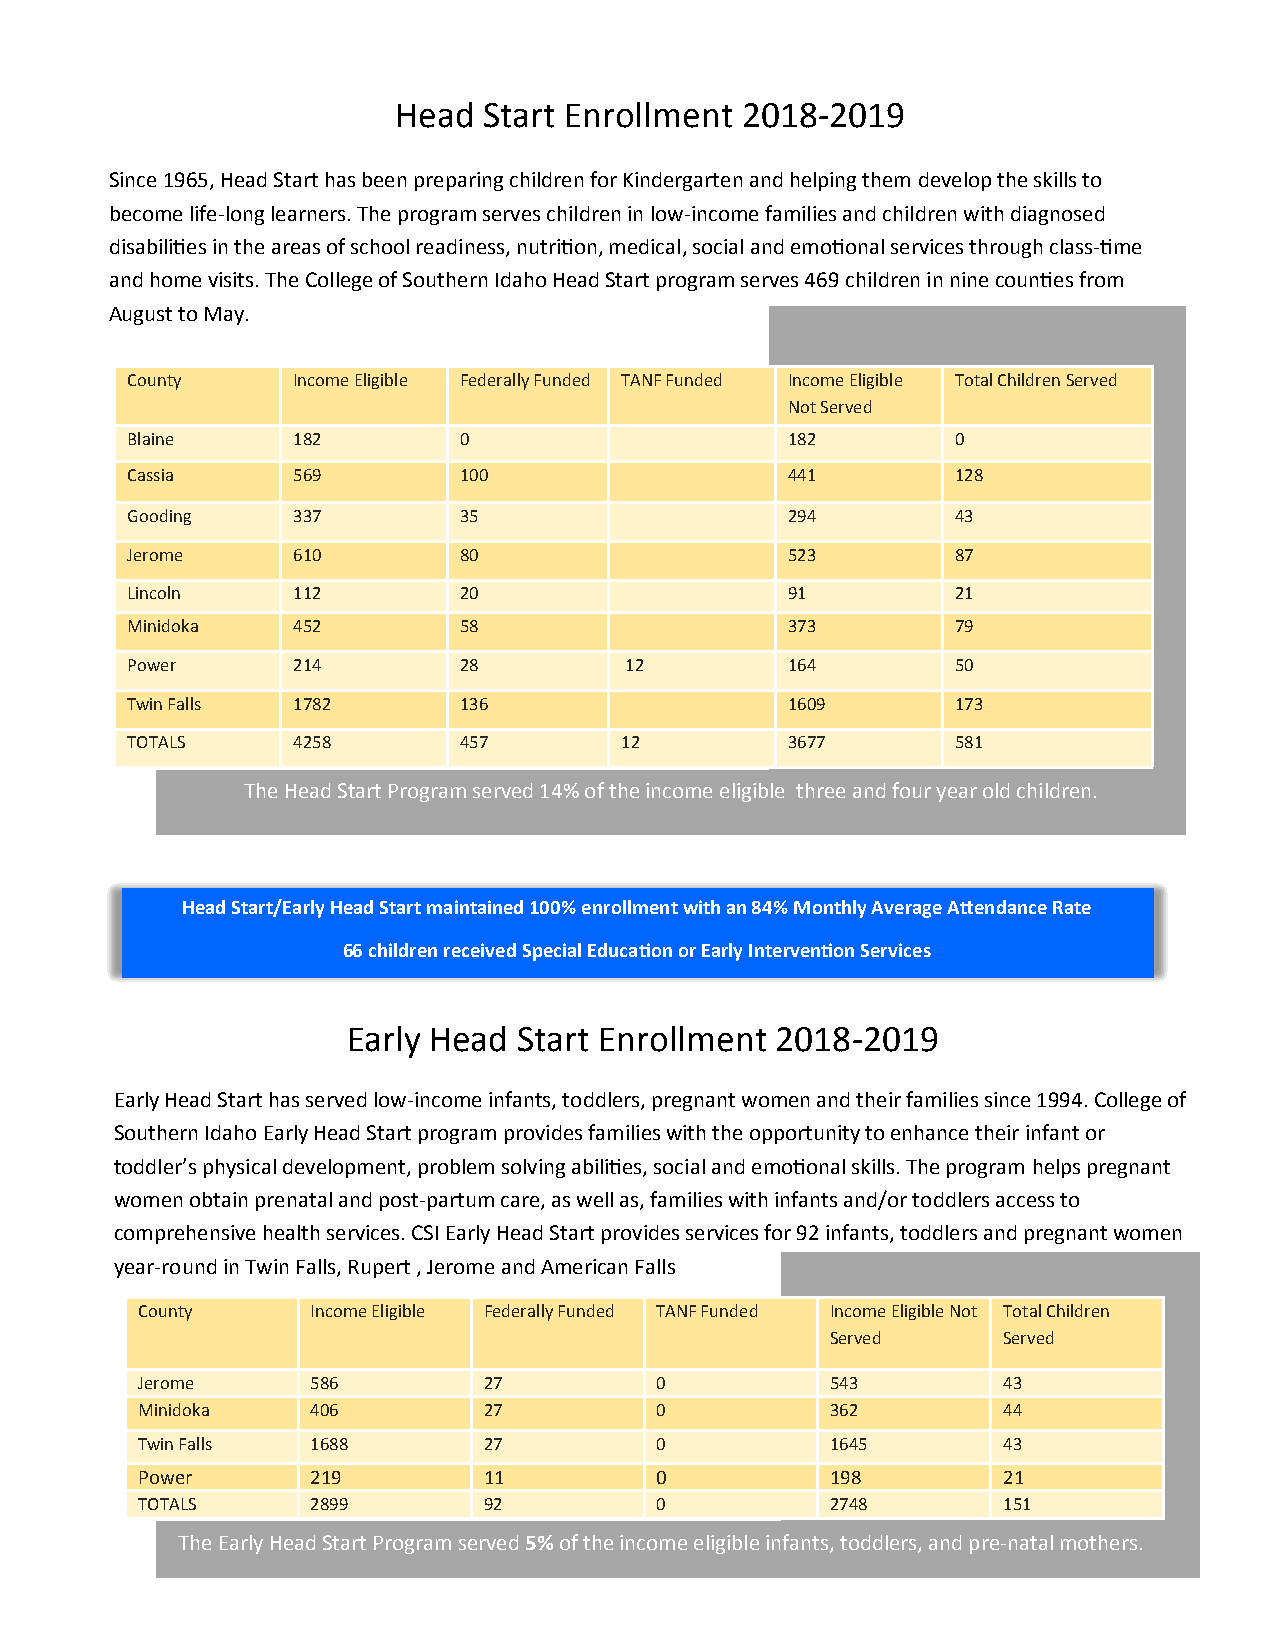
Head  Start Enrollment 2018-2019
 Since 1965, Head Start has been preparing children for Kindergarten and helping them develop the skills to
 become life-long learners. The program serves children in low-income families and children with diagnosed
 disabilities in the areas of school readiness, nutrition, medical, social and emotional services through class-time
 and home visits. The College of Southern Idaho Head Start program serves 469 children in nine counties from
 August to May.
 County     Income Eligible Federally Funded TANF Funded Income Eligible Total Children Served
 Not Served
 Blaine     182        0                     182        0
 Cassia     569        100                   441        128
 Gooding    337        35                    294        43
 Jerome     610        80                    523        87
 Lincoln    112        20                    91         21
 Minidoka   452        58                    373        79
 Power      214        28         12         164        50
 Twin Falls 1782       136                   1609       173
 TOTALS     4258       457        12         3677       581
 The Head Start Program served 14% of the income eligible three and four year old children.
 Head Start/Early Head Start maintained 100% enrollment with an 84% Monthly Average Attendance Rate
 66 children received Special Education or Early Intervention Services
 Early Head Start Enrollment 2018-2019
 Early Head Start has served low-income infants, toddlers, pregnant women and their families since 1994. College of
 Southern Idaho Early Head Start program provides families with the opportunity to enhance their infant or
 toddler’s physical development, problem solving abilities, social and emotional skills. The program helps pregnant
 women obtain prenatal and post-partum care, as well as, families with infants and/or toddlers access to
 comprehensive health services. CSI Early Head Start provides services for 92 infants, toddlers and pregnant women
 year-round in Twin Falls, Rupert , Jerome and American Falls
 County      Income Eligible Federally Funded TANF Funded Income Eligible Not Total Children
 Served     Served
 Jerome      586        27         0           543        43
 Minidoka    406        27         0           362        44
 Twin Falls  1688       27         0           1645       43
 Power       219        11         0           198        21
 TOTALS      2899       92         0           2748       151
 The Early Head Start Program served 5% of the income eligible infants, toddlers, and pre-natal mothers.